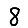
Digit: 8